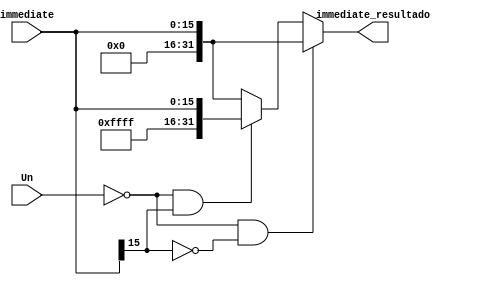
module Un_16_to_32bits (
    input wire Un, input wire [15:0] immediate, output wire [31:0] immediate_resultado);

    assign immediate_resultado = ( (Un == 0) && (immediate[15] == 0) )? {16'h0000, immediate} :
                                 ( (Un == 0) && (immediate[15] == 1) )? {16'hffff, immediate} :
                                 {16'h0000, immediate};

endmodule